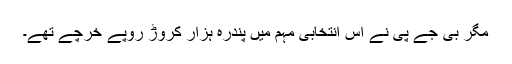
مگر بی جے پی نے اس انتخابی مہم میں پندرہ ہزار کروڑ روپے خرچے تھے۔